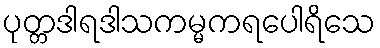
ပုတ္တဒါရဒါသကမ္မကရပေါရိသေ